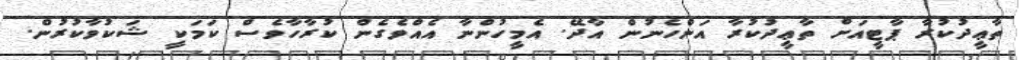
ތާޢީދުކުރާ ޕާޓީއަށް ތާޢީދުކުރާ އަންހެނުން އާދޭ. އެމީހުންނާ އެއްވެގެން ކުރާހާވެސް ކަމަކީ ޝަކުވާކުރުން.